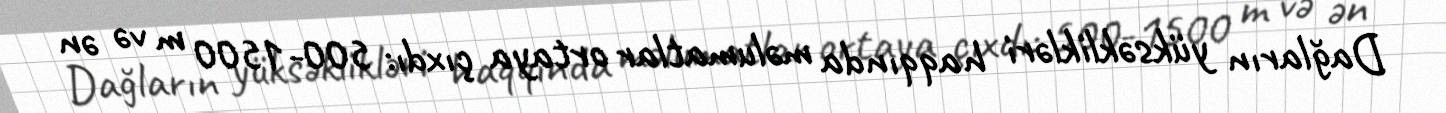
Dağların yüksəklikləri haqqında məlumatlar ortaya çıxdı: 500-1500 m və ən